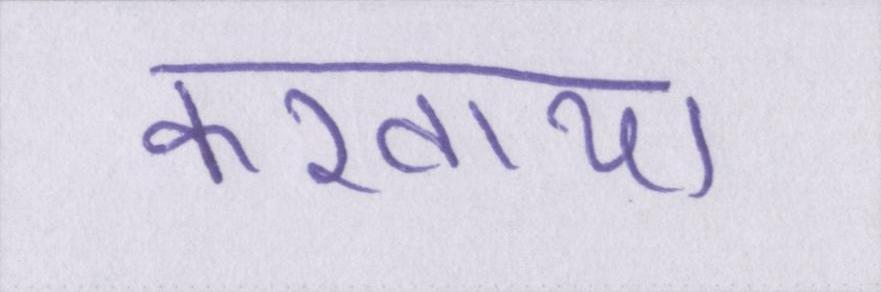
करवाया